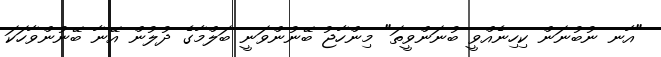
"އާނ ނުބުނަން ކިހިނެއްވީ ބުނަންވީތަ" މިންހާޖު ބޭނުންވަނީ ބަލްމާގެ ދުލުން އޭނާ ބޭނުންވާހަކަ